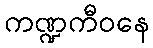
ကဏ္ဍကီဝနေ